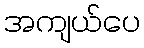
အကျယ်ပေ